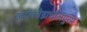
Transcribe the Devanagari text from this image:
जयंकोडाचोलपुरम